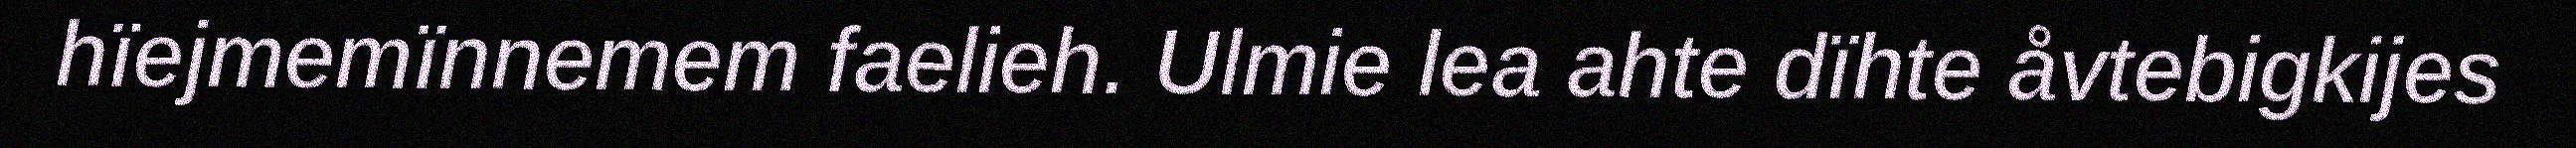
hïejmemïnnemem faelieh. Ulmie lea ahte dïhte åvtebigkijes